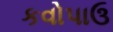
કવોપાઉ